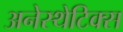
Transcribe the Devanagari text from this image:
अनेस्थेटिक्स